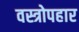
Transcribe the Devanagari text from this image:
वस्त्रोपहार